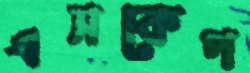
এসকেপ